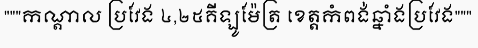
"""កណ្តាល ប្រវែង ៤,២៥គីឡូម៉ែត្រ ខេត្តកំពង់ឆ្នាំងប្រវែង"""